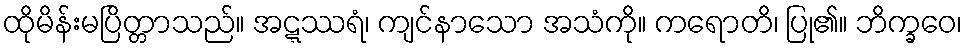
ထိုမိန်းမပြိတ္တာသည်။ အဋ္ဋဿရံ၊ ကျင်နာသော အသံကို။ ကရောတိ၊ ပြု၏။ ဘိက္ခဝေ၊